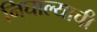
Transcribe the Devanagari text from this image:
निघाल्याची